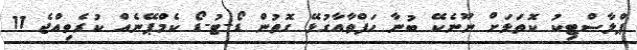
ޕްލާސްޓިކު ކޮތަޅަށް ނޫނެކޭ ބުނާ ހަފްތާއާގުޅޭ ގޮތުން ޑޯ-ޓު-ޑޯ ކެމްޕޭނެއް ކުރެވިއްޖެ 11